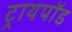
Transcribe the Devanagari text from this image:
ट्रायपाॅड